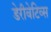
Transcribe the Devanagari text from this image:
डेरीवेटिव्स